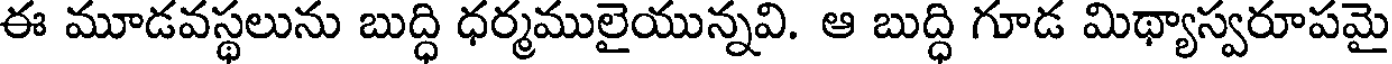
ఈ మూడవస్థలును బుద్ధి ధర్మములైయున్నవి. ఆ బుద్ధి గూడ మిథ్యాస్వరూపమై